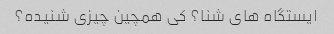
ایستگاه های شنا؟ کی همچین چیزی شنیده؟